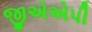
જીએએપી